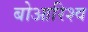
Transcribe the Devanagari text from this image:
बोआरिश्व